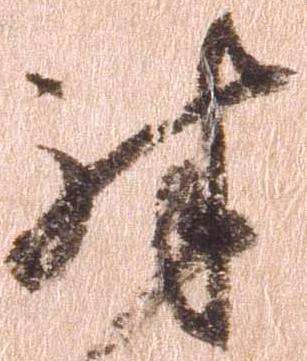
殊